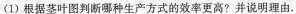
(1)根据茎叶图判断哪种生产方式的效率更高?并说明理由.